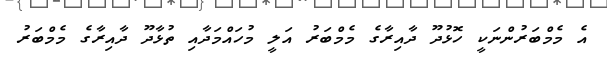
އެ މެމްބަރުންނަކީ ހޮޅުދޫ ދާއިރާގެ މެމްބަރު އަލީ މުހައްމަދާއި ތުޅާދޫ ދާއިރާގެ މެމްބަރު